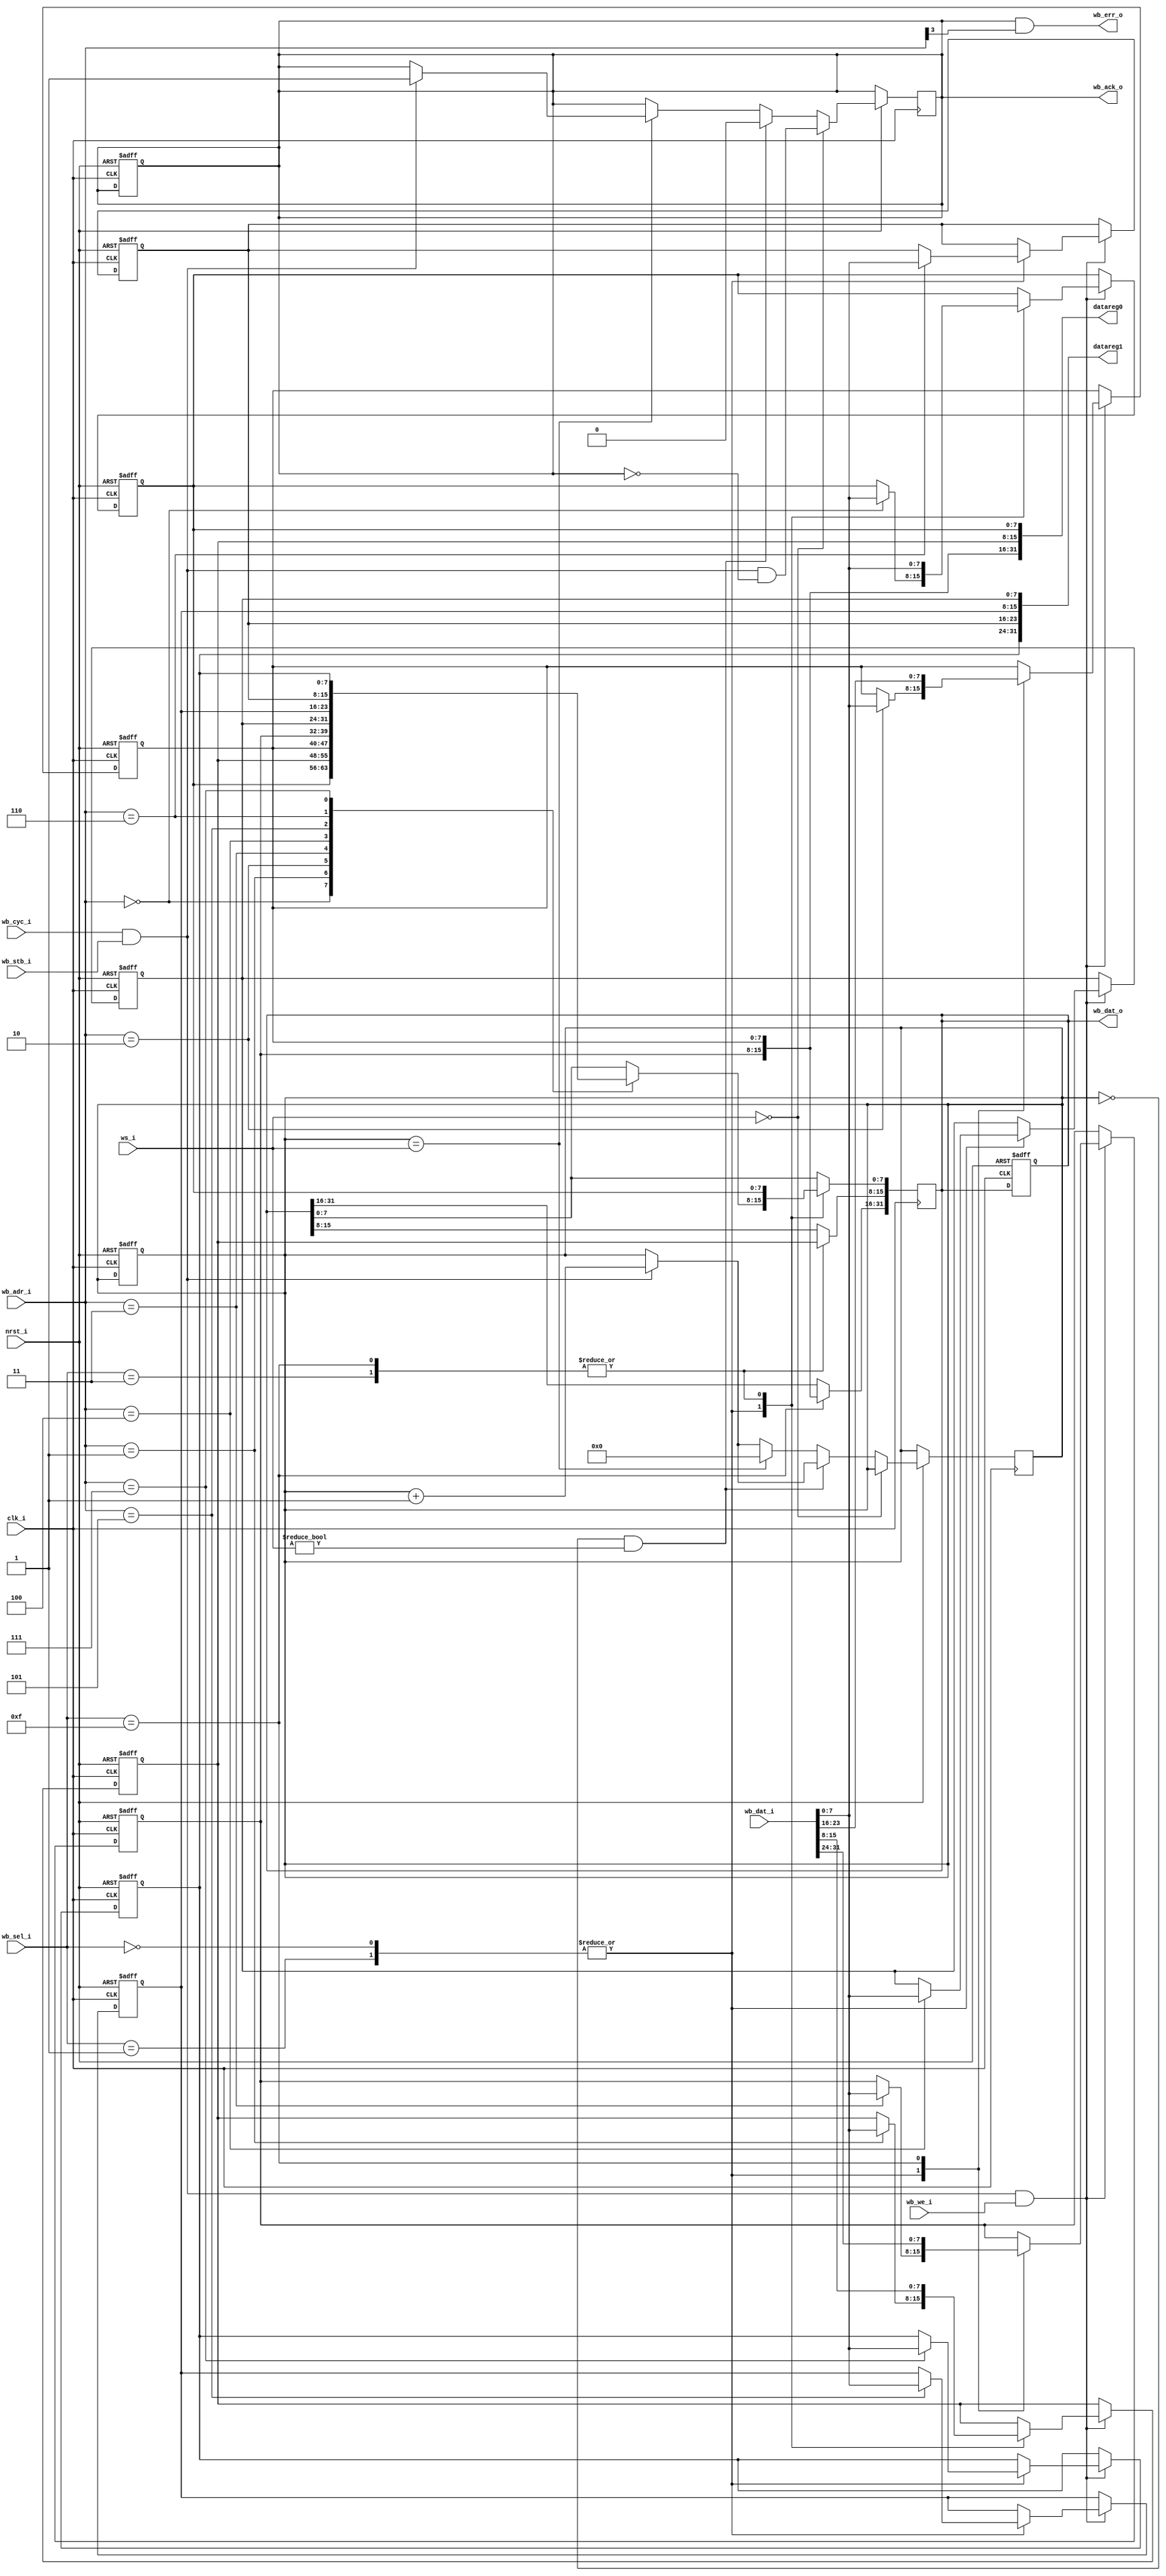
//////////////////////////////////////////////////////////////////////
////                                                              ////
////  $Id: wb_regfile.v,v 1.3 2008-07-26 19:15:32 hharte Exp $    ////
////  wb_regfile.v - Small Wishbone register file for testing     ////
////                                                              ////
////  This file is part of the Wishbone LPC Bridge project        ////
////  http://www.opencores.org/projects/wb_lpc/                   ////
////                                                              ////
////  Author:                                                     ////
////      - Howard M. Harte (hharte@opencores.org)                ////
////                                                              ////
//////////////////////////////////////////////////////////////////////
////                                                              ////
//// Copyright (C) 2008 Howard M. Harte                           ////
////                                                              ////
//// This source file may be used and distributed without         ////
//// restriction provided that this copyright statement is not    ////
//// removed from the file and that any derivative work contains  ////
//// the original copyright notice and the associated disclaimer. ////
////                                                              ////
//// This source file is free software; you can redistribute it   ////
//// and/or modify it under the terms of the GNU Lesser General   ////
//// Public License as published by the Free Software Foundation; ////
//// either version 2.1 of the License, or (at your option) any   ////
//// later version.                                               ////
////                                                              ////
//// This source is distributed in the hope that it will be       ////
//// useful, but WITHOUT ANY WARRANTY; without even the implied   ////
//// warranty of MERCHANTABILITY or FITNESS FOR A PARTICULAR      ////
//// PURPOSE.  See the GNU Lesser General Public License for more ////
//// details.                                                     ////
////                                                              ////
//// You should have received a copy of the GNU Lesser General    ////
//// Public License along with this source; if not, download it   ////
//// from http://www.opencores.org/lgpl.shtml                     ////
////                                                              ////
//////////////////////////////////////////////////////////////////////

module wb_regfile (clk_i, nrst_i, wb_adr_i, wb_dat_o, wb_dat_i, wb_sel_i, wb_we_i,
                   wb_stb_i, wb_cyc_i, wb_ack_o, wb_err_o, ws_i, datareg0, datareg1);

    input          clk_i;
    input          nrst_i;
    input    [3:0] wb_adr_i;
    output reg [31:0] wb_dat_o;
    input   [31:0] wb_dat_i;
    input    [3:0] wb_sel_i;
    input          wb_we_i;
    input          wb_stb_i;
    input          wb_cyc_i;
    output reg     wb_ack_o;
    output         wb_err_o;
    input    [7:0] ws_i;	 
    output  [31:0] datareg0;
    output  [31:0] datareg1;
    reg      [7:0] waitstate;

    //
    // generate wishbone register bank writes
    wire wb_acc = wb_cyc_i & wb_stb_i;    // WISHBONE access
    wire wb_wr  = wb_acc & wb_we_i;       // WISHBONE write access

    reg [7:0]   datareg0_0;
    reg [7:0]   datareg0_1;
    reg [7:0]   datareg0_2;
    reg [7:0]   datareg0_3;

    reg [7:0]   datareg1_0;
    reg [7:0]   datareg1_1;
    reg [7:0]   datareg1_2;
    reg [7:0]   datareg1_3;

    always @(posedge clk_i or negedge nrst_i)
        if (~nrst_i)                // reset registers
            begin
                datareg0_0 <= 8'h00;
                datareg0_1 <= 8'h01;
                datareg0_2 <= 8'h02;
                datareg0_3 <= 8'h03;
                datareg1_0 <= 8'h10;
                datareg1_1 <= 8'h11;
                datareg1_2 <= 8'h12;
                datareg1_3 <= 8'h13;
                wb_ack_o <= 1'b0;
                waitstate <= 4'b0;
					 wb_dat_o <= 32'h00000000;
            end
        else if(wb_wr)          // wishbone write cycle
            case (wb_sel_i)
                4'b0000:
                    case (wb_adr_i)         // synopsys full_case parallel_case
                        4'b0000: datareg0_0 <= wb_dat_i[7:0];
                        4'b0001: datareg0_1 <= wb_dat_i[7:0];
                        4'b0010: datareg0_2 <= wb_dat_i[7:0];
                        4'b0011: datareg0_3 <= wb_dat_i[7:0];
                        4'b0100: datareg1_0 <= wb_dat_i[7:0];
                        4'b0101: datareg1_1 <= wb_dat_i[7:0];
                        4'b0110: datareg1_2 <= wb_dat_i[7:0];
                        4'b0111: datareg1_3 <= wb_dat_i[7:0];
                    endcase
                4'b0001:
                    case (wb_adr_i)         // synopsys full_case parallel_case
                        4'b0000: datareg0_0 <= wb_dat_i[7:0];
                        4'b0001: datareg0_1 <= wb_dat_i[7:0];
                        4'b0010: datareg0_2 <= wb_dat_i[7:0];
                        4'b0011: datareg0_3 <= wb_dat_i[7:0];
                        4'b0100: datareg1_0 <= wb_dat_i[7:0];
                        4'b0101: datareg1_1 <= wb_dat_i[7:0];
                        4'b0110: datareg1_2 <= wb_dat_i[7:0];
                        4'b0111: datareg1_3 <= wb_dat_i[7:0];
                    endcase
                4'b0011:
                    {datareg0_1, datareg0_0} <= wb_dat_i[15:0];
//                  case (wb_adr_i)         // synopsys full_case parallel_case
//                      3'b000: {datareg0_1, datareg0_0} <= wb_dat_i[15:0];
//                  endcase
                4'b1111:
                    {datareg0_3, datareg0_2, datareg0_1, datareg0_0} <= wb_dat_i[31:0];
//                  case (wb_adr_i)         // synopsys full_case parallel_case
//                      3'b000: {datareg0_3, datareg0_2, datareg0_1, datareg0_0} <= wb_dat_i[31:0];
//                  endcase

            endcase
    // generate dat_o
    always @(posedge clk_i)
        case (wb_sel_i)
            4'b0000:
                case (wb_adr_i)     // synopsys full_case parallel_case
                    4'b0000: wb_dat_o[7:0] <= datareg0_0;
                    4'b0001: wb_dat_o[7:0] <= datareg0_1;
                    4'b0010: wb_dat_o[7:0] <= datareg0_2;
                    4'b0011: wb_dat_o[7:0] <= datareg0_3;
                    4'b0100: wb_dat_o[7:0] <= datareg1_0;
                    4'b0101: wb_dat_o[7:0] <= datareg1_1;
                    4'b0110: wb_dat_o[7:0] <= datareg1_2;
                    4'b0111: wb_dat_o[7:0] <= datareg1_3;
                endcase
            4'b0001:
                case (wb_adr_i)     // synopsys full_case parallel_case
                    4'b0000: wb_dat_o[7:0] <= datareg0_0;
                    4'b0001: wb_dat_o[7:0] <= datareg0_1;
                    4'b0010: wb_dat_o[7:0] <= datareg0_2;
                    4'b0011: wb_dat_o[7:0] <= datareg0_3;
                    4'b0100: wb_dat_o[7:0] <= datareg1_0;
                    4'b0101: wb_dat_o[7:0] <= datareg1_1;
                    4'b0110: wb_dat_o[7:0] <= datareg1_2;
                    4'b0111: wb_dat_o[7:0] <= datareg1_3;
                endcase
            4'b0011:
                    wb_dat_o[15:0] <= {datareg0_1, datareg0_0};
            4'b1111:
                    wb_dat_o[31:0] <= {datareg0_3, datareg0_2, datareg0_1, datareg0_0};
        endcase
        
   // generate ack_o
    always @(posedge clk_i or negedge nrst_i)
        if (nrst_i) begin            // not in reset
            if (ws_i == 0) begin
                wb_ack_o <= wb_acc & !wb_ack_o;
                end else
            if((waitstate == 4'b0) && (ws_i != 0)) begin
                wb_ack_o <= 1'b0;
                if(wb_acc) begin
                    waitstate <= waitstate + 1;
                end
            end
            else begin
                if(wb_acc) waitstate <= waitstate + 1;
                if(waitstate == ws_i) begin
                    if(wb_acc) wb_ack_o <= 1'b1;
                    waitstate <= 1'b0;
                end
            end
        end

    assign datareg0 = { datareg0_3, datareg0_2, datareg0_1, datareg0_0 };
    assign datareg1 = { datareg1_3, datareg1_2, datareg1_1, datareg1_0 };

    // Generate an error for registers 0x8-0xF
    assign wb_err_o = wb_ack_o & wb_adr_i[3];

endmodule